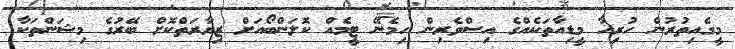
މީގެއިތުރުން ހުރިހާ މީޑިއާތަކެއްގެ އިސްވެރިން ހިމެނޭ ޓީމެއް ކޮލަންބޯއަށް ޒިޔާރަތްކޮށް ބޭރުގެ މިޝަންތަކާ